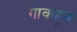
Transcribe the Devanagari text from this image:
गावांहून